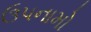
ઉપનામો